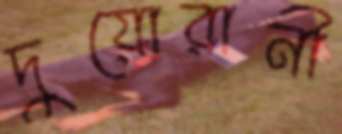
দুয়োরানী